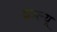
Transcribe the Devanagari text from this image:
दब्ल्यू